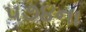
૫૭૪ના